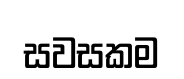
සවසකම